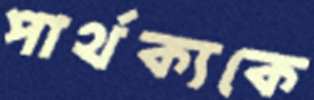
পার্থক্যকে